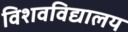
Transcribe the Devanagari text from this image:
विशवविद्यालय